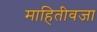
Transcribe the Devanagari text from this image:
माहितीवजा